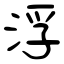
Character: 浮